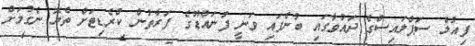
ފިއުލް ސަޕްލައިސްގެ ދައުވާގައި ބުނެފައި ވަނީ ފުނައްޑޫގެ ފަރާތުން ކްރެޑިޓަށް ތެޔޮ ނެގުމަށް